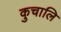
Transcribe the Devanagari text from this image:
कुचालि